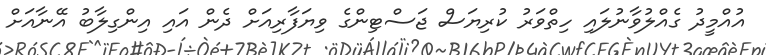
އުއްމީދު ގެއްލުވާނުލައި ހިތްވަރު ކުރިޔަސް ޖަސްޓިންގެ ވިޔަފާރިއަށް ދެން އައި އިންގިލާބު އޭނާއަށް